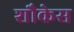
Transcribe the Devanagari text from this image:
शौकेस